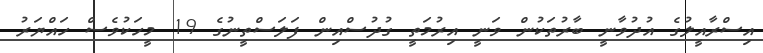
އިސްރާއީލުގެ އުދުވާނީ ބާރުތަކުން ވަނީ އިރުމަތީ ގުދުސްއިން ފަލަސްތީނުގެ 19 މީހަކުވެސް ހައްޔަރު